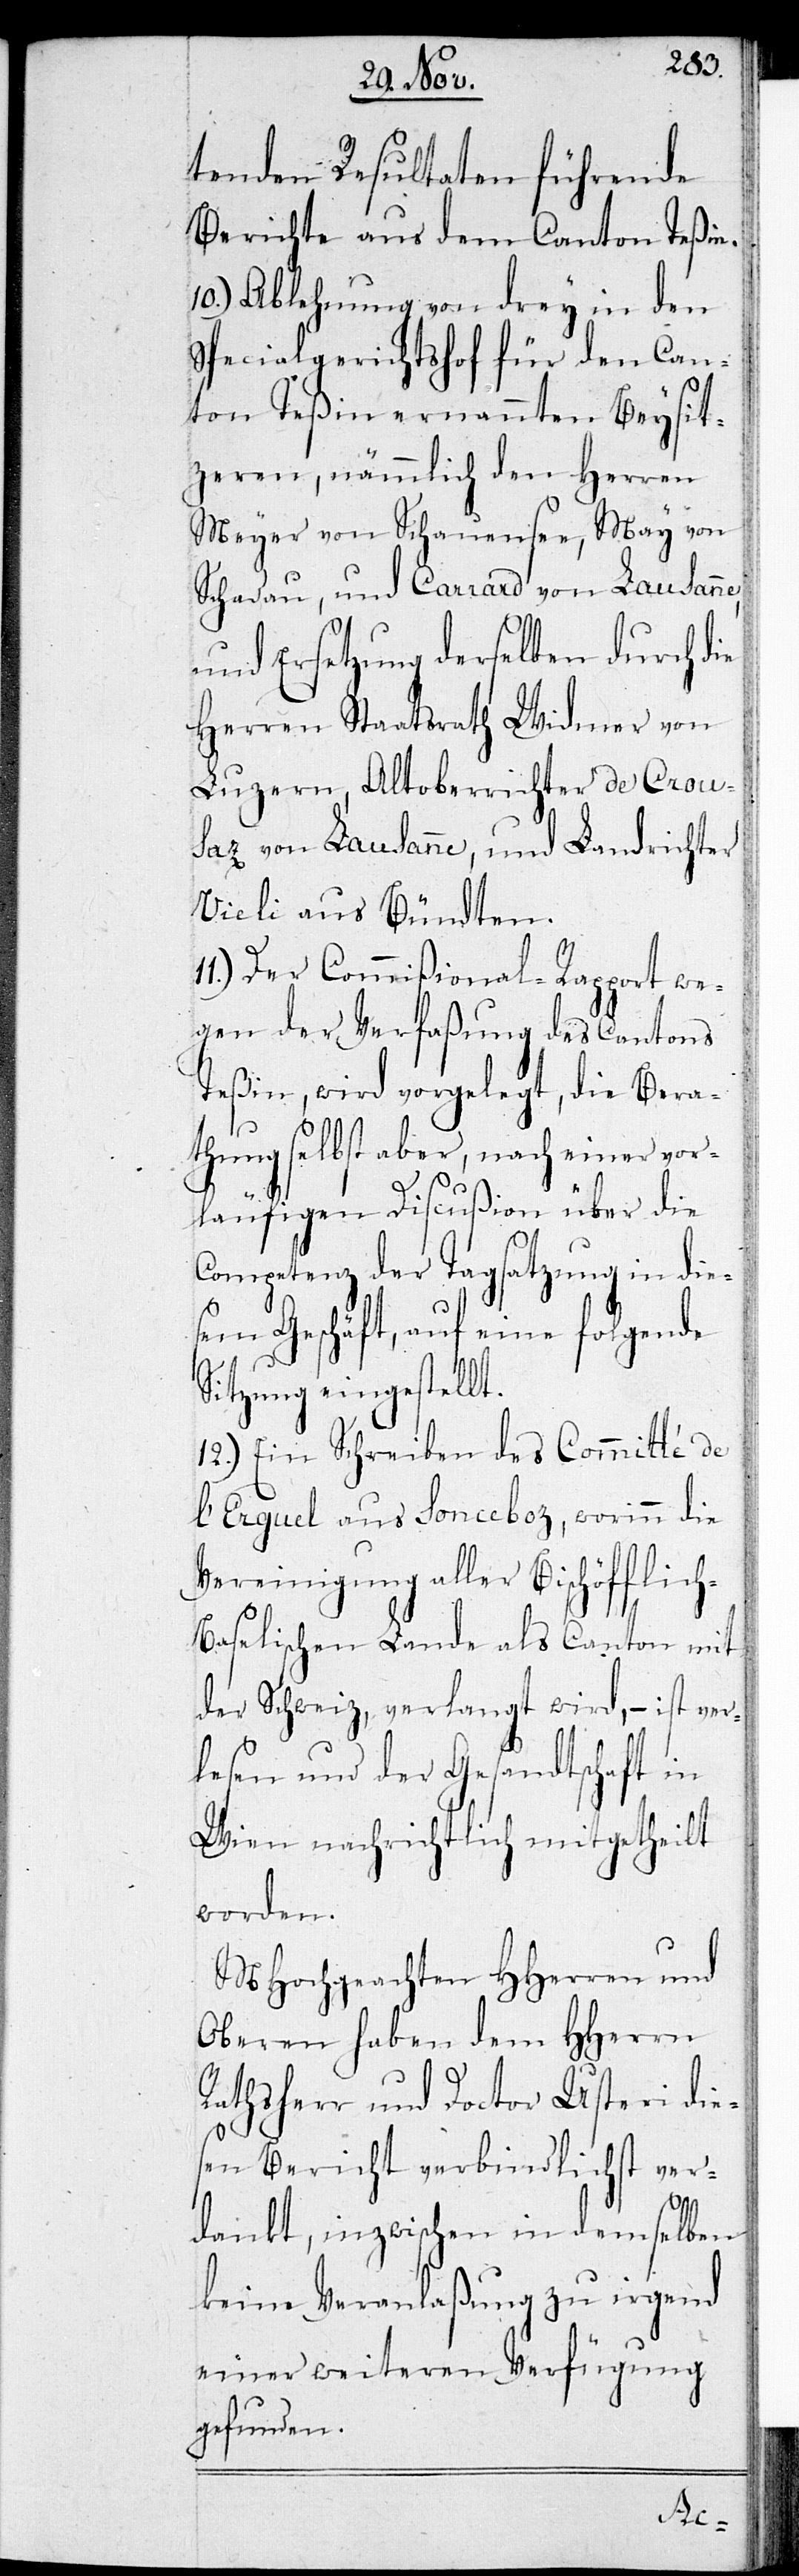
tenden Resultaten führende
Berichte aus dem Canton Teßin.
10.) Ablehnung von drey in den
Specialgerichtshof für den Can¬
ton Teßin ernannten Beysit¬
zeren, nämlich den Herren
Meyer von Schauensee, May von
Schadau, und Carrard von Lausanne,
und Ersetzung derselben durch die
Herren Staatsrat Widmer von
Luzern, Altoberrichter de Crous¬
az von Lausanne, und Landrichter
Vieli aus Bündten.
Der Commißional-Rapport we¬
gen der Verfaßung des Cantons
Teßin, wird vorgelegt, die Bera¬
thung selbst aber, nach einer vor¬
läufigen Discußion über die
Competenz der Tagsatzung in die¬
sem Geschäft, auf eine folgende
Sitzung eingestellt.
12.) Ein Schreiben des Commité de
l’Erguel aus Sonceboz, worinn die
Vereinigung aller Bischöfflic¬
aselischen Lande als Canton mit
der Schweiz verlangt wird, – ist ver¬
lesen und der Gesandtschaft in
Wien nachrichtlich mitgetheilt
worden.
MHochgeachten HHerren und
Oberen haben dem HHerrn
Rathsherr und Doctor Usteri die¬
sen Bericht verbindlichst ver¬
dankt, inzwischen in demselben
keine Veranlaßung zu irgend
einer weiteren Verfügung
gefunden.
h-B¬